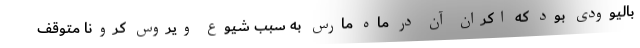
بالیوودی بود که اکران آن در ماه مارس به سبب شیوع ویروس کرونا متوقف